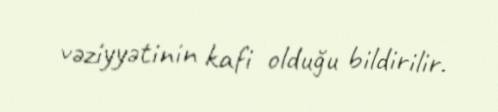
vəziyyətinin kafi olduğu bildirilir.